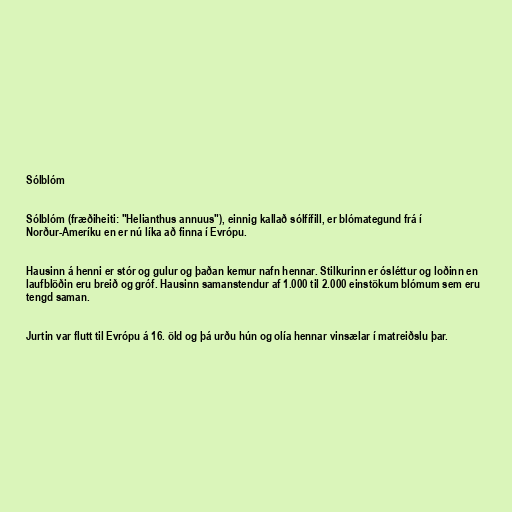
Sólblóm

Sólblóm (fræðiheiti: "Helianthus annuus"), einnig kallað sólfífill, er blómategund frá í
Norður-Ameríku en er nú líka að finna í Evrópu.

Hausinn á henni er stór og gulur og þaðan kemur nafn hennar. Stilkurinn er ósléttur og loðinn en
laufblöðin eru breið og gróf. Hausinn samanstendur af 1.000 til 2.000 einstökum blómum sem eru
tengd saman.

Jurtin var flutt til Evrópu á 16. öld og þá urðu hún og olía hennar vinsælar í matreiðslu þar.